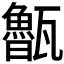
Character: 𭺨